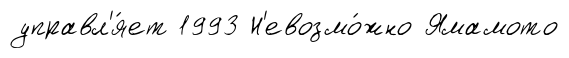
управл'я́ет 1993 Н'евозмо́жно Ямамото